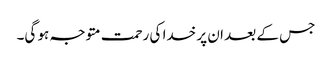
جس کے بعد ان پر خدا کی رحمت متوجہ ہو گی۔